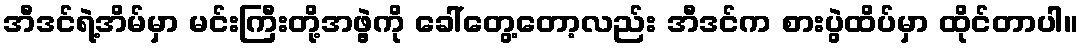
အီဒင်ရဲ့အိမ်မှာ မင်းကြီးတို့အဖွဲ့ကို ခေါ်တွေ့တော့လည်း အီဒင်က စားပွဲထိပ်မှာ ထိုင်တာပါ။